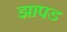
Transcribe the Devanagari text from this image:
झापड